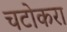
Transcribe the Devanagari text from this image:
चटोकरा